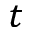
t